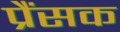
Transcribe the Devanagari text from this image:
प्रैंसक